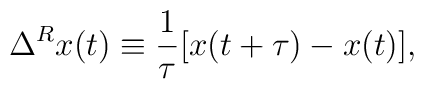
\Delta^R x(t)\equiv \frac{1}{\tau}[x(t+\tau)-x(t)],